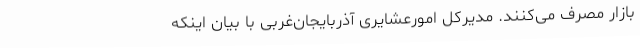
بازار مصرف می‌کنند. مدیرکل امورعشایری آذربایجان‌غربی با بیان اینکه